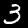
Digit: 3